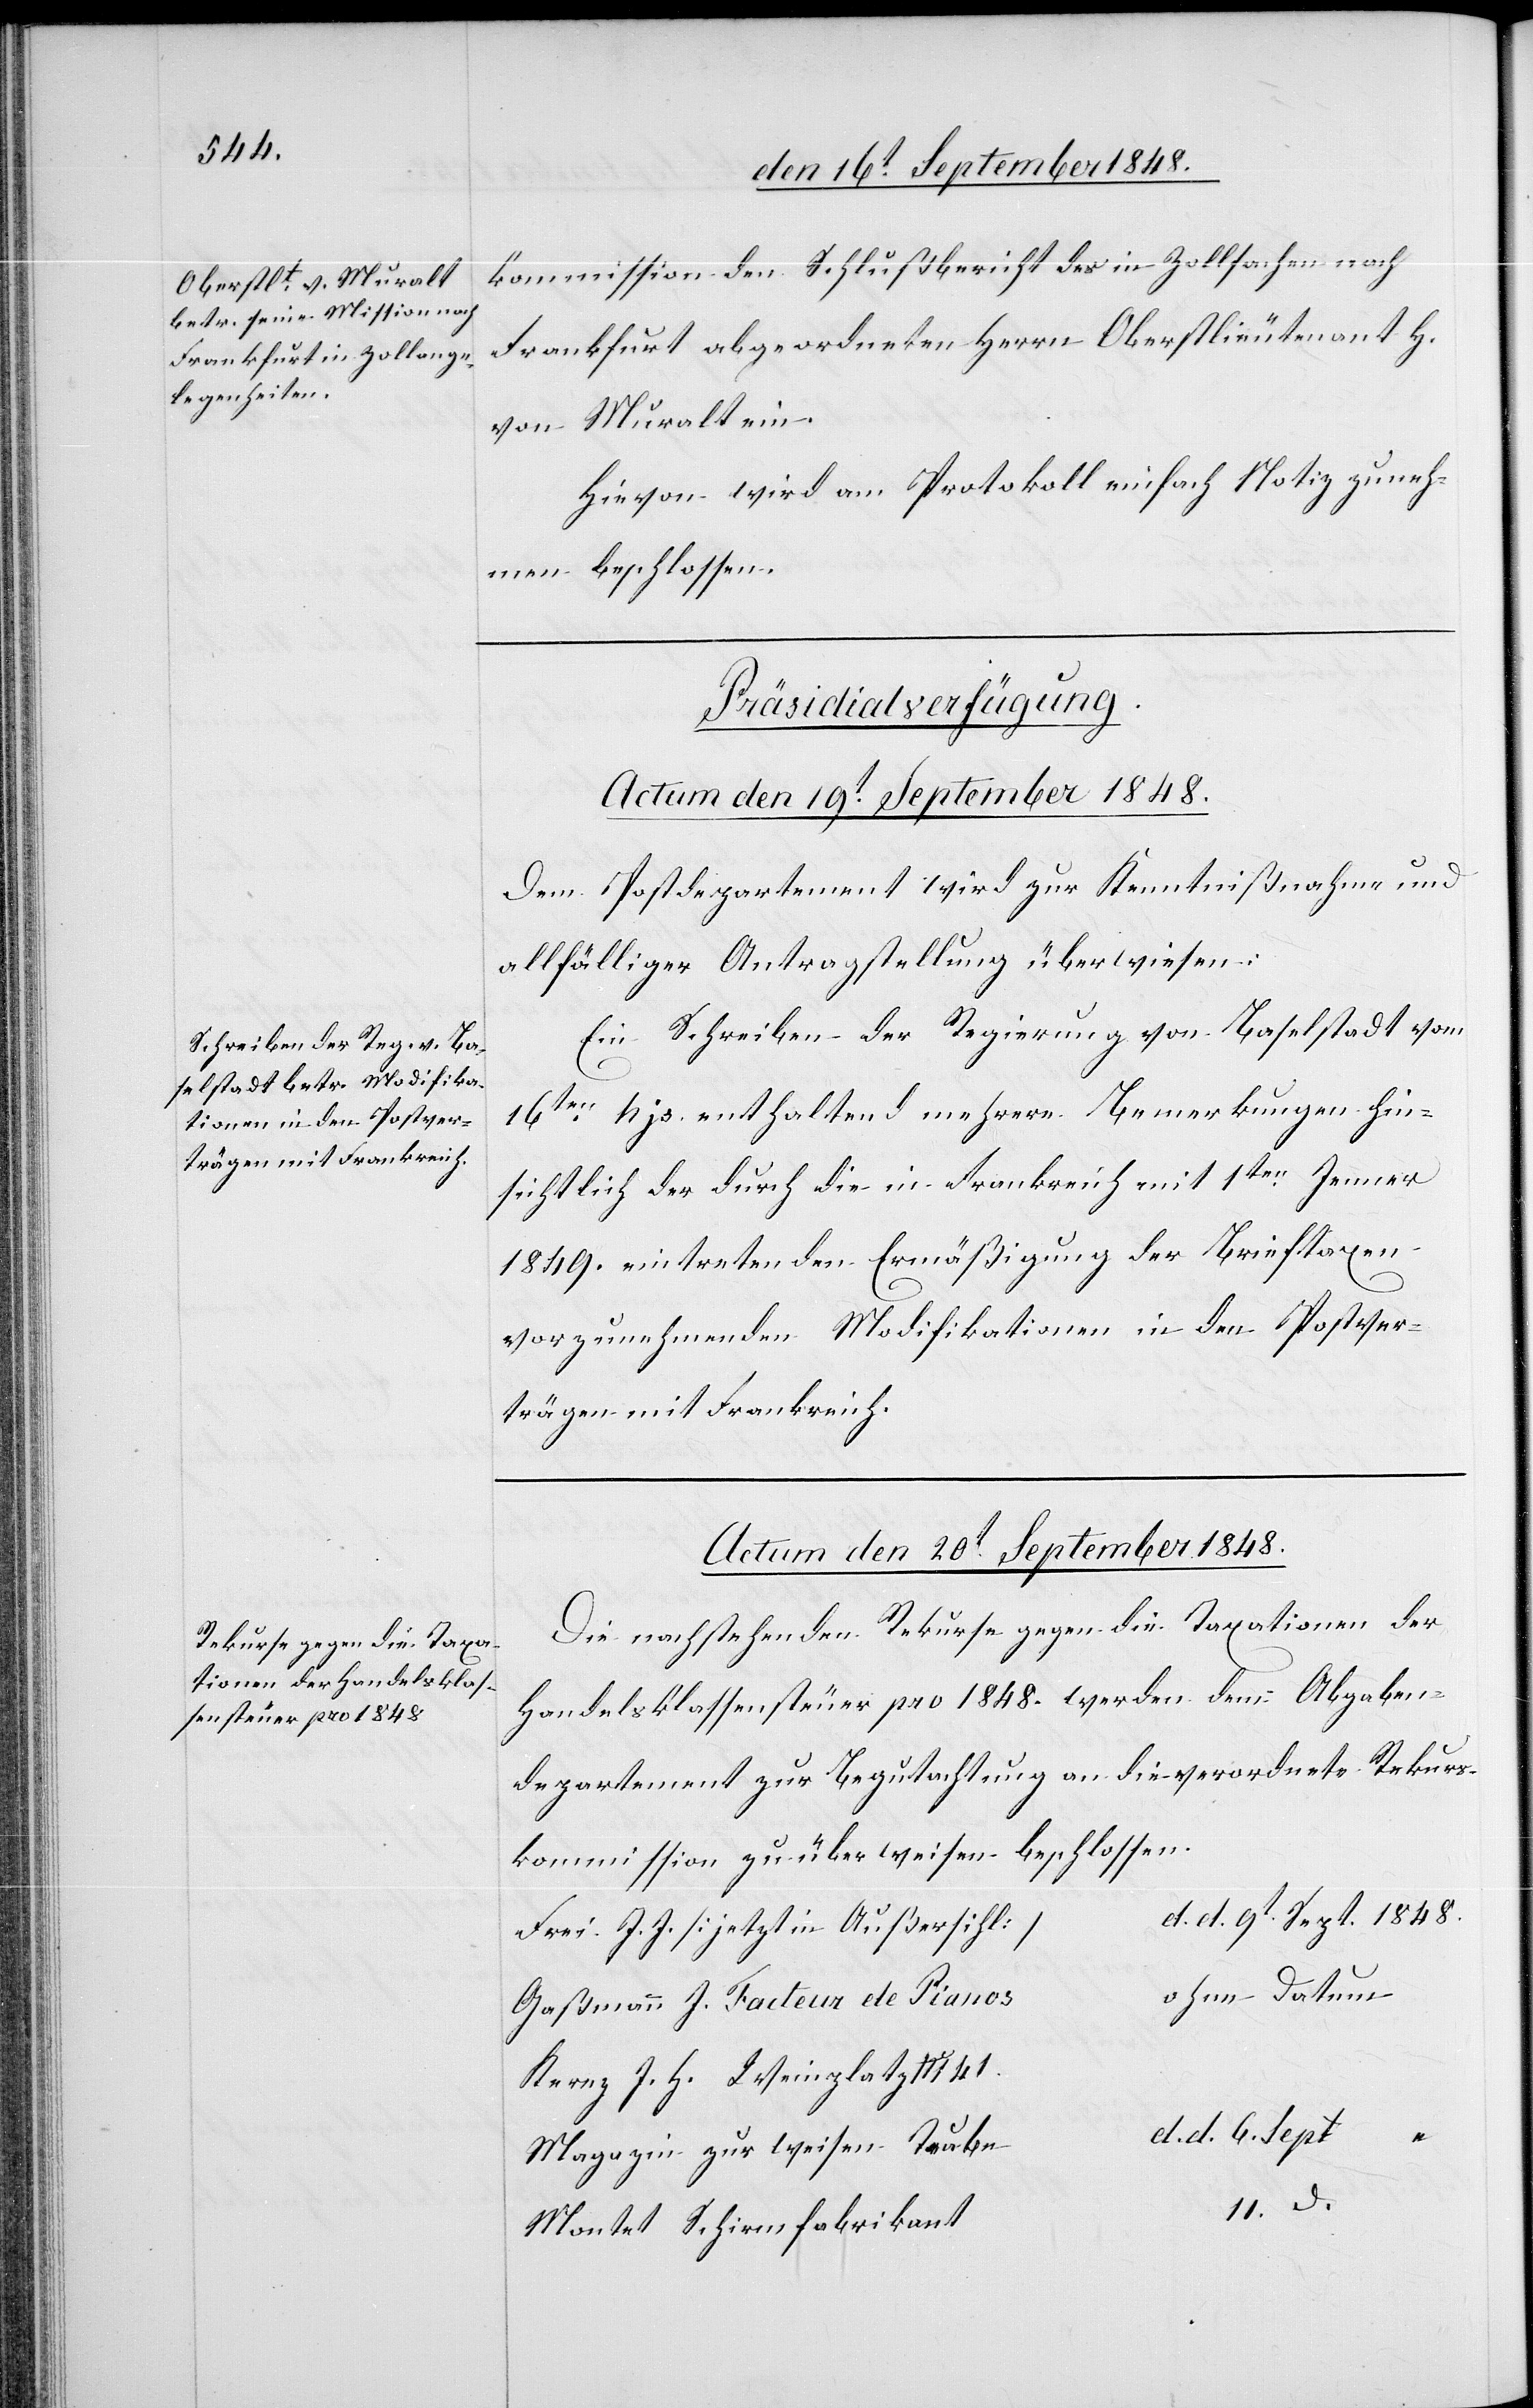
kommission den Schlußbericht des in Zollsachen nach
Frankfurt abgeordneten Herrn Oberstlieutenant H.
von Muralt ein.
Hievon wird am Protokoll einfach Notiz zu neh¬
men beschlossen.
[Präsidialverfügungen.]
Actum den 19t September 1848.
Dem Postdepartement wird zur Kenntnißnahme und
allfälliger Antragstellung überwiesen:
Ein Schreiben der Regierung von Baselstadt vom
16ten hjs. enthaltend mehrere Bemerkungen hin¬
sichtlich der durch die in Frankreich mit 1ten Jenner
1849. eintretenden Ermäßigung der Brieftaxen
vorzunehmenden Modifikationen in den Postver¬
trägen mit Frankreich.
Actum den 20t September 1848.
Die nachstehenden Rekurse gegen die Taxationen der
Handelsklassensteuer pro 1848. werden dem Abgaben¬
departement zur Begutachtung an die verordnete Rekurs¬
kommission zu überweisen beschlossen.
Frei J. J. [jetzt in Außersihl]
ohne Datum
Gaßmann J. Facteur de Pianos
Kerez J. H. Weinplatz No 41
Magazin zur weisen Taube
d. d.
Montet Schirenfabrikant